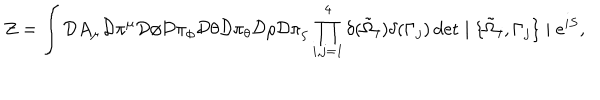
Z = \int { \cal D } A _ { \mu } { \cal D } \pi ^ { \mu } { \cal D } \phi { \cal D } \pi _ { \phi } { \cal D } \theta { \cal D } \pi _ { \theta } { \cal D } \rho { \cal D } \pi _ { \rho } \prod _ { i , j = 1 } ^ { 4 } \delta ( \tilde { \Omega } _ { i } ) \delta ( \Gamma _ { j } ) \det \mid \{ \tilde { \Omega } _ { i } , \Gamma _ { j } \} \mid e ^ { i S } ,